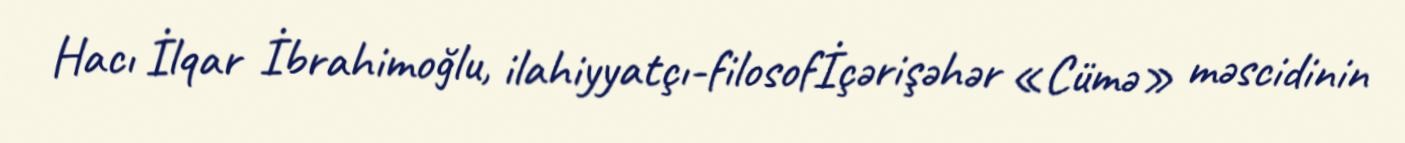
Hacı İlqar İbrahimoğlu, ilahiyyatçı-filosofİçərişəhər «Cümə» məscidinin